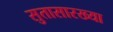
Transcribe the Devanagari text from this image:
सुतासारख्या